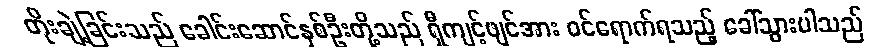
တိုးချဲ့ခြင်းသည် ခေါင်းဆောင်နှစ်ဦးတို့သည် ရှီကျင့်ဖျင်အား ဝင်ရောက်ရသည့် ခေါ်သွားပါသည်